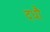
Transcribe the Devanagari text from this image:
दधौ